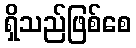
ရှိသည်ဖြစ်စေ